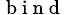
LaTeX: _{\mathrm{~b~i~n~d~}}